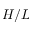
H / L